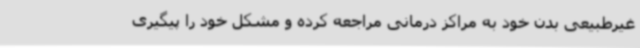
غیرطبیعی بدن خود به مراکز درمانی مراجعه کرده و مشکل خود را پیگیری